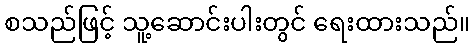
စသည်ဖြင့် သူ့ဆောင်းပါးတွင် ရေးထားသည်။